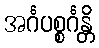
အင်္ဂပစ္စင်္ဂန္တိ